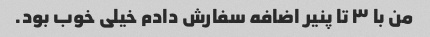
من با ۳ تا پنیر اضافه سفارش دادم خیلی خوب بود.